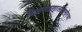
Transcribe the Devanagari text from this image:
शिक्षणप्रणालीसमोरचा